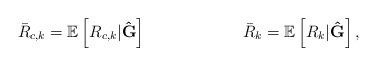
LaTeX: \begin{align*} \bar{R}_{c,k}&=\mathbb{E}\left[R_{c,k}|\mathbf{\hat{G}}\right] & \bar{R}_{k}=\mathbb{E}\left[R_{k}|\mathbf{\hat{G}}\right],\end{align*}